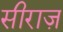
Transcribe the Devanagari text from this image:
सीराज़